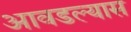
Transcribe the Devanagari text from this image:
आवडल्यास